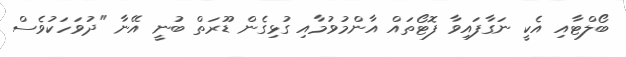
ބޯލްޓާއި އެކީ ނަގާފައިވާ ފޮޓޯތައް އާންމުވުމާއި ގުޅިގެން ޑޫރަތް ބުނީ އޭނާ "ދުވަހަކުވެސް